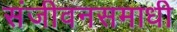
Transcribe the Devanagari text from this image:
संजीवनसमाधी